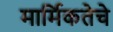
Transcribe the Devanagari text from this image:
मार्मिकतेचे